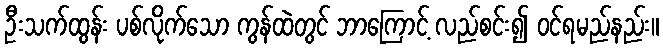
ဦးသက်ထွန်း ပစ်လိုက်သော ကွန်ထဲတွင် ဘာကြောင့် လည်စင်း၍ ဝင်ရမည်နည်း။